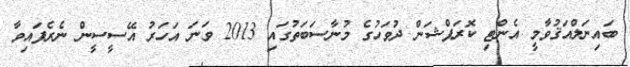
ބައިނަލްއަޤުވާމީ އެންޓި ކޮރަޕްޝަން ދުވަހުގެ މުނާސަބަތުގައި 2013 ވަނަ އަހަރު އޭސީސީން ނެރެފައިވާ